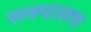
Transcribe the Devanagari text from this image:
सक्यत्रक्स